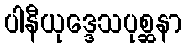
ပါနီယုဒ္ဒေသပုစ္ဆနာ